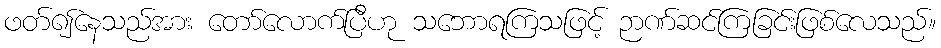
ဖတ်၍နေသည်အား တော်လောက်ပြီဟု သဘောရကြသဖြင့် ဉာဏ်ဆင်ကြခြင်းဖြစ်လေသည်။